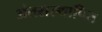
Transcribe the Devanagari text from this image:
अंतरास्थापित